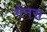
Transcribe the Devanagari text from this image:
मेनस